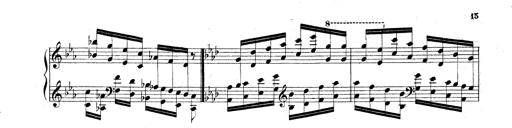
Title: Technische Studien
Composer: Franz Liszt